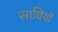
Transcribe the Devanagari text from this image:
साथियोँ